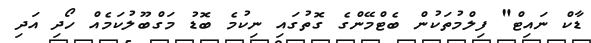
ޑާކް ނައިޓް" ފިލްމުތަކުން ބެޓްމޭންގެ ގޮތުގައި ނިކުމެ ބޮޑު މަގްބޫލުކަމެއް ހޯދި އަދި